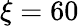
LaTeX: \xi=60